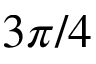
3 \pi / 4